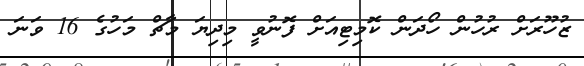
ޒުހޫރަށް ރުހުން ހޯދަން ކޮމިޓިއަށް ފޮނުވީ މިދިޔަ މާޗް މަހުގެ 16 ވަނަ